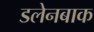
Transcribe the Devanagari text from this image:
डलेनबाक